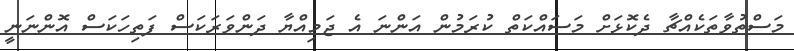
މަސްތުވާތަކެއްޗާ ދެކޮޅަށް މަސައްކަތް ކުރަމުން އަންނަ އެ ޖަމިއްޔާ ދަންވަރަކަސް ފަތިހަކަސް އޮންނަނީ